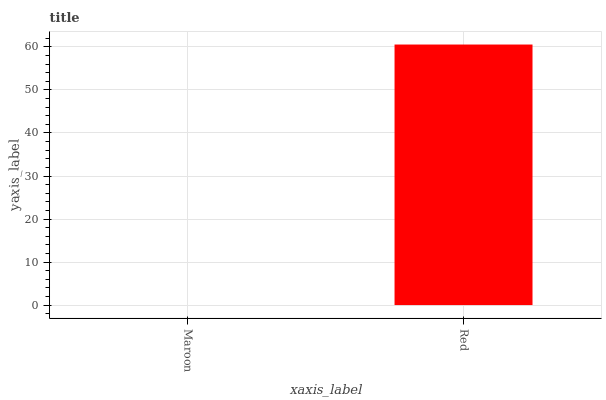
| xaxis_label | bars |
 | --- | --- |
 | Maroon | 0 |
 | Red | 60.6 |